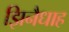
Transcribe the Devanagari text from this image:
झिनैधाह